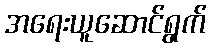
အရေးယူဆောင်ရွက်